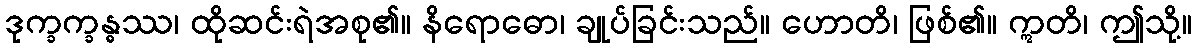
ဒုက္ခက္ခန္ဓဿ၊ ထိုဆင်းရဲအစု၏။ နိရောဓော၊ ချုပ်ခြင်းသည်။ ဟောတိ၊ ဖြစ်၏။ ဣတိ၊ ဤသို့။